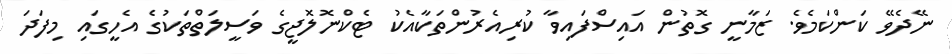
ނޭދެވޭ ކަންކަމެވެ. ޒަމާނީ ގޮތުން އައިސްފައިވާ ކުރިއެރުންތަކާއެކު ޓެކްނޮލޮޖީގެ ވަސީލަތްތަކުގެ އެހީގައި މިފަދަ